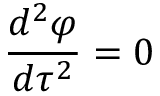
\frac { d ^ { 2 } \varphi } { d \tau ^ { 2 } } = 0